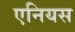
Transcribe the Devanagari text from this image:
एनियस